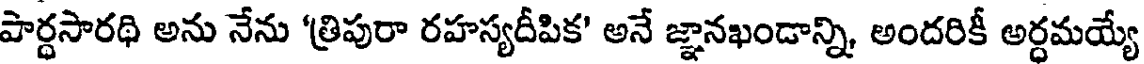
పార్ధసారథి అను నేను 'త్రిపురా రహస్యదీపిక' అనే జ్ఞానఖండాన్ని, అందరికీ అర్ధమయ్యే